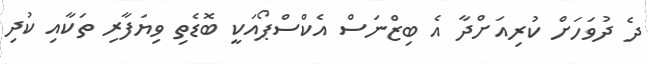
ދެ ދުވަހަށް ކުރިއަށްދާ އެ ބިޒްނަސް އެކްސްޕޯއަކީ ބޮޑެތި ވިޔަފާރި ތަކާއި ކުދި